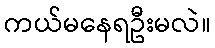
ကယ်မနေရဦးမလဲ။